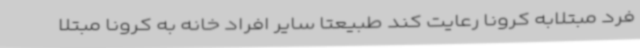
فرد مبتلابه کرونا رعایت کند طبیعتاً سایر افراد خانه به کرونا مبتلا